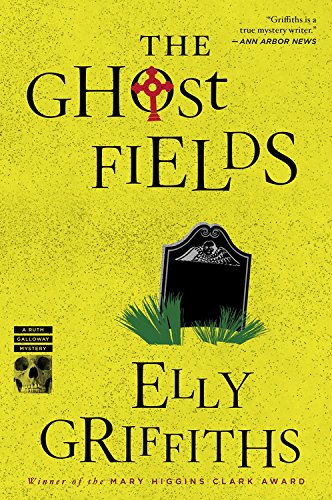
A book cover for The Ghost Fields (Ruth Galloway Mystery); Elly Griffiths; Mystery, Thriller & Suspense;